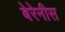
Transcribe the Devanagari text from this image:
बेरेनीस